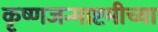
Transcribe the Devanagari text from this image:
कृष्णजन्माष्टमीच्या